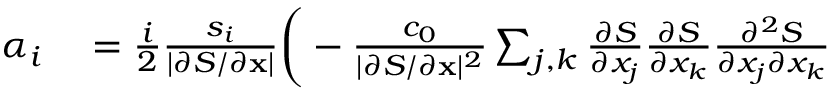
\begin{array} { r l } { \alpha _ { i } } & { { } = \frac { i } { 2 } \frac { s _ { i } } { | \partial S / \partial \mathbf { x } | } \bigg ( - \frac { c _ { 0 } } { | \partial S / \partial \mathbf { x } | ^ { 2 } } \sum _ { j , k } \frac { \partial S } { \partial x _ { j } } \frac { \partial S } { \partial x _ { k } } \frac { \partial ^ { 2 } S } { \partial x _ { j } \partial x _ { k } } } \end{array}